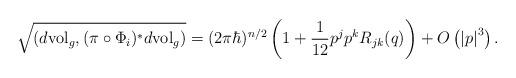
LaTeX: \begin{align*}\sqrt{\left(d\mathrm{vol}_{g},(\pi\circ\Phi_{i})^{\ast}d\mathrm{vol}_{g}\right)} =(2\pi\hbar)^{n/2}\left(1+\frac{1}{12}p^{j}p^{k}R_{jk}(q)\right)+O\left(\left\vert p\right\vert^{3}\right).\end{align*}